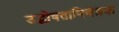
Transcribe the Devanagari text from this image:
उद्घोषतानियंत्रक